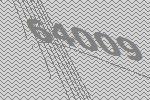
64009